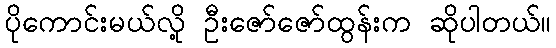
ပိုကောင်းမယ်လို့ ဦးဇော်ဇော်ထွန်းက ဆိုပါတယ်။